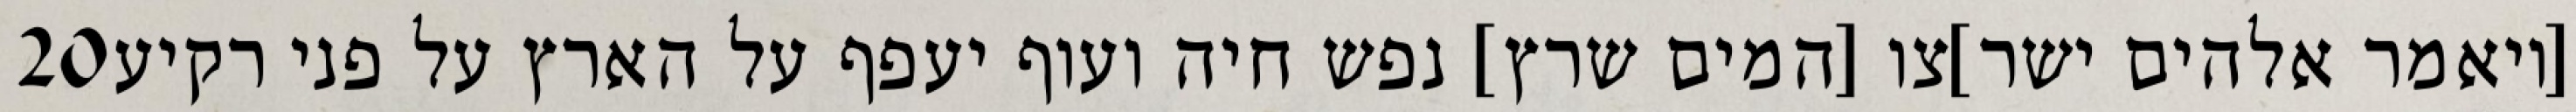
‎20‏ [ויאמר אלהים ישר]צו [המים שרץ] נפש חיה ועוף יעפף על הארץ על פני רקיע